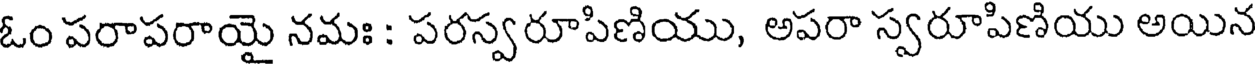
ఓం పరాపరాయై నమః : పరస్వరూపిణియు, అపరా స్వరూపిణియు అయిన